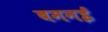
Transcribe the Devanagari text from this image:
बमनई